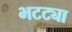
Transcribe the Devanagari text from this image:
भटट्या